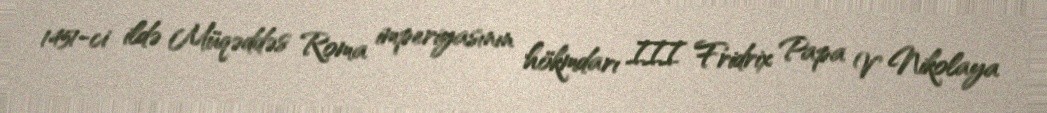
1451-ci ildə Müqəddəs Roma imperiyasının hökmdarı III Fridrix Papa V Nikolaya